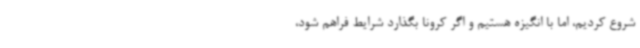
شروع کردیم، اما با انگیزه هستیم و اگر کرونا بگذارد شرایط فراهم شود،